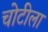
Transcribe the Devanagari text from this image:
चोटीला